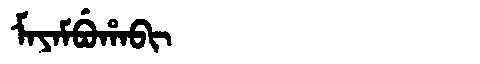
Manchu: ᠮᠠᠶᠠᠮᠪᡠᡥᠠᠪᡳ
Romanization: MAYAMBUHABI